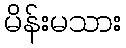
မိန်းမသား